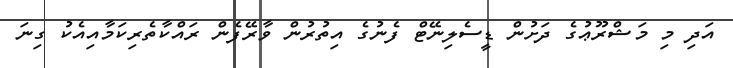
އަދި މި މަޝްރޫޢުގެ ދަށުން ޑީސެލިނޭޓް ފެނުގެ އިތުރުން ވާރޭފެން ރައްކާތެރިކަމާއިއެކު ގިނަ